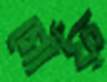
গোঁফ্